Vaccine operations Central Provinces 1868-1885 - 1868-1885
Year: 1868
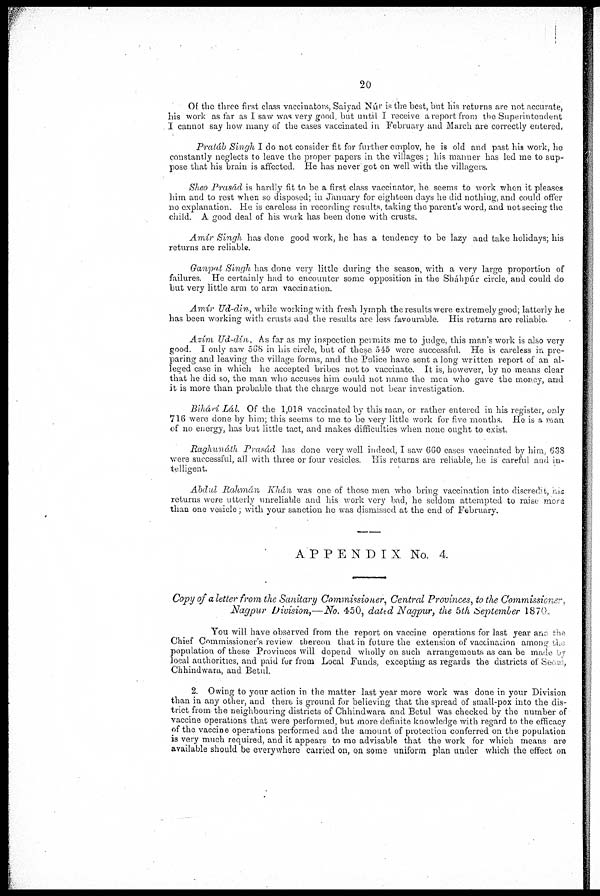
20
Of the three first class vaccinators, Saiyad Núr is the best, but his returns are not accurate,
his work as far as I saw was very good, but until I receive a report from the Superintendent
I cannot say how many of the cases vaccinated in February and March are correctly entered.
Praiáb) Singh I do not consider fit for further employ, he is old and past his work, he
constantly neglects to leave the proper papers in the villages, his manner has led me to sup-
pose that his brain is affected. He has never got on well with the villagers.
Sheo Prasád is hardly fit to be a first class vaccinator, he seems to work when it pleases
him and to rest when so disposed, in January for eighteen days he did nothing, and could offer
no explanation. He is careless in recording results, taking the parent's word, and not seeing the
child. A good deal of his work has been done with crusts.
Amir Singh has done good work, he has a tendency to be lazy and take holidays; his
returns are reliable.
Ganpat Singh has done very little during the season, with a very large proportion of
failures. He certainly had to encounter some opposition in the Sháhpúr circle, and could do
but very little arm to arm vaccination.
Amír Ud-din, while working with fresh lymph the results were extremely good, latterly he
has been working with crusts and the results are less favourable. His returns are reliable.
Azím Ud-dín, As far as my inspection permits me to judge, this man's work is also very
good. I only saw 568 in his circle, but of these 545 were successful. He is careless in pre-
paring and leaving the village forms, and the Police have sent a long written report of an al-
leged case in which he accepted bribes not to vaccinate. It is, however, by no means clear
that he did so, the man who accuses him could not name the men who gave the money, and
it is more than probable that the charge would not bear investigation.
Bihárí Lál. Of the 1,018 vaccinated by this man, or rather entered in his register, only
716 were done by him, this seems to me to be very little work for five months. He is a man
of no energy, has but little tact, and makes difficulties when none ought to exist.
Raghunáth Prasád has done very well indeed, I saw 660 cases vaccinated by him, 638
were successful, all with three or four vesicles. His returns are reliable, he is careful and in-
telligent.
Abdul Rahmán Khán was one of those men who bring vaccination into discredit, his
returns were utterly unreliable and his work very bad, he seldom attempted to raise more
than one vesicle, with your sanction he was dismissed at the end of February.
APPENDIX No. 4.
Copy of a letter from the Sanitary Commissioner, Cto
the Commissioner,
Nagpur Division,—No. 450, dated Nagpur, the 5th September 1870.
You will have observed from the report on vaccine operations for last year and the
Chief Commissioner's review thereon that in future the extension of vaccination among the
local authorities, and paid for from Local Funds, excepting as regards the districts of Seets,
Chhindwara, and Betul.
2. Owing to your action in the matter last year more work was done in your Division
than in any other, and there is ground for believing that the spread of small-pox into the dis-
trict from the neighbouring districts of Chhindwara and Betul was checked by the number of
vaccine operations that were performed, but more definite knowledge with regard to the efficacy
of the vaccine operations performed and the e n t r a l P r o v i n c e s , amount of protection conferred on the population
is very much required, and it appears to me advisable that the work for which means are
available should be everywhere carried on, on some uniform plan under which the effect on